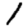
Digit: 1